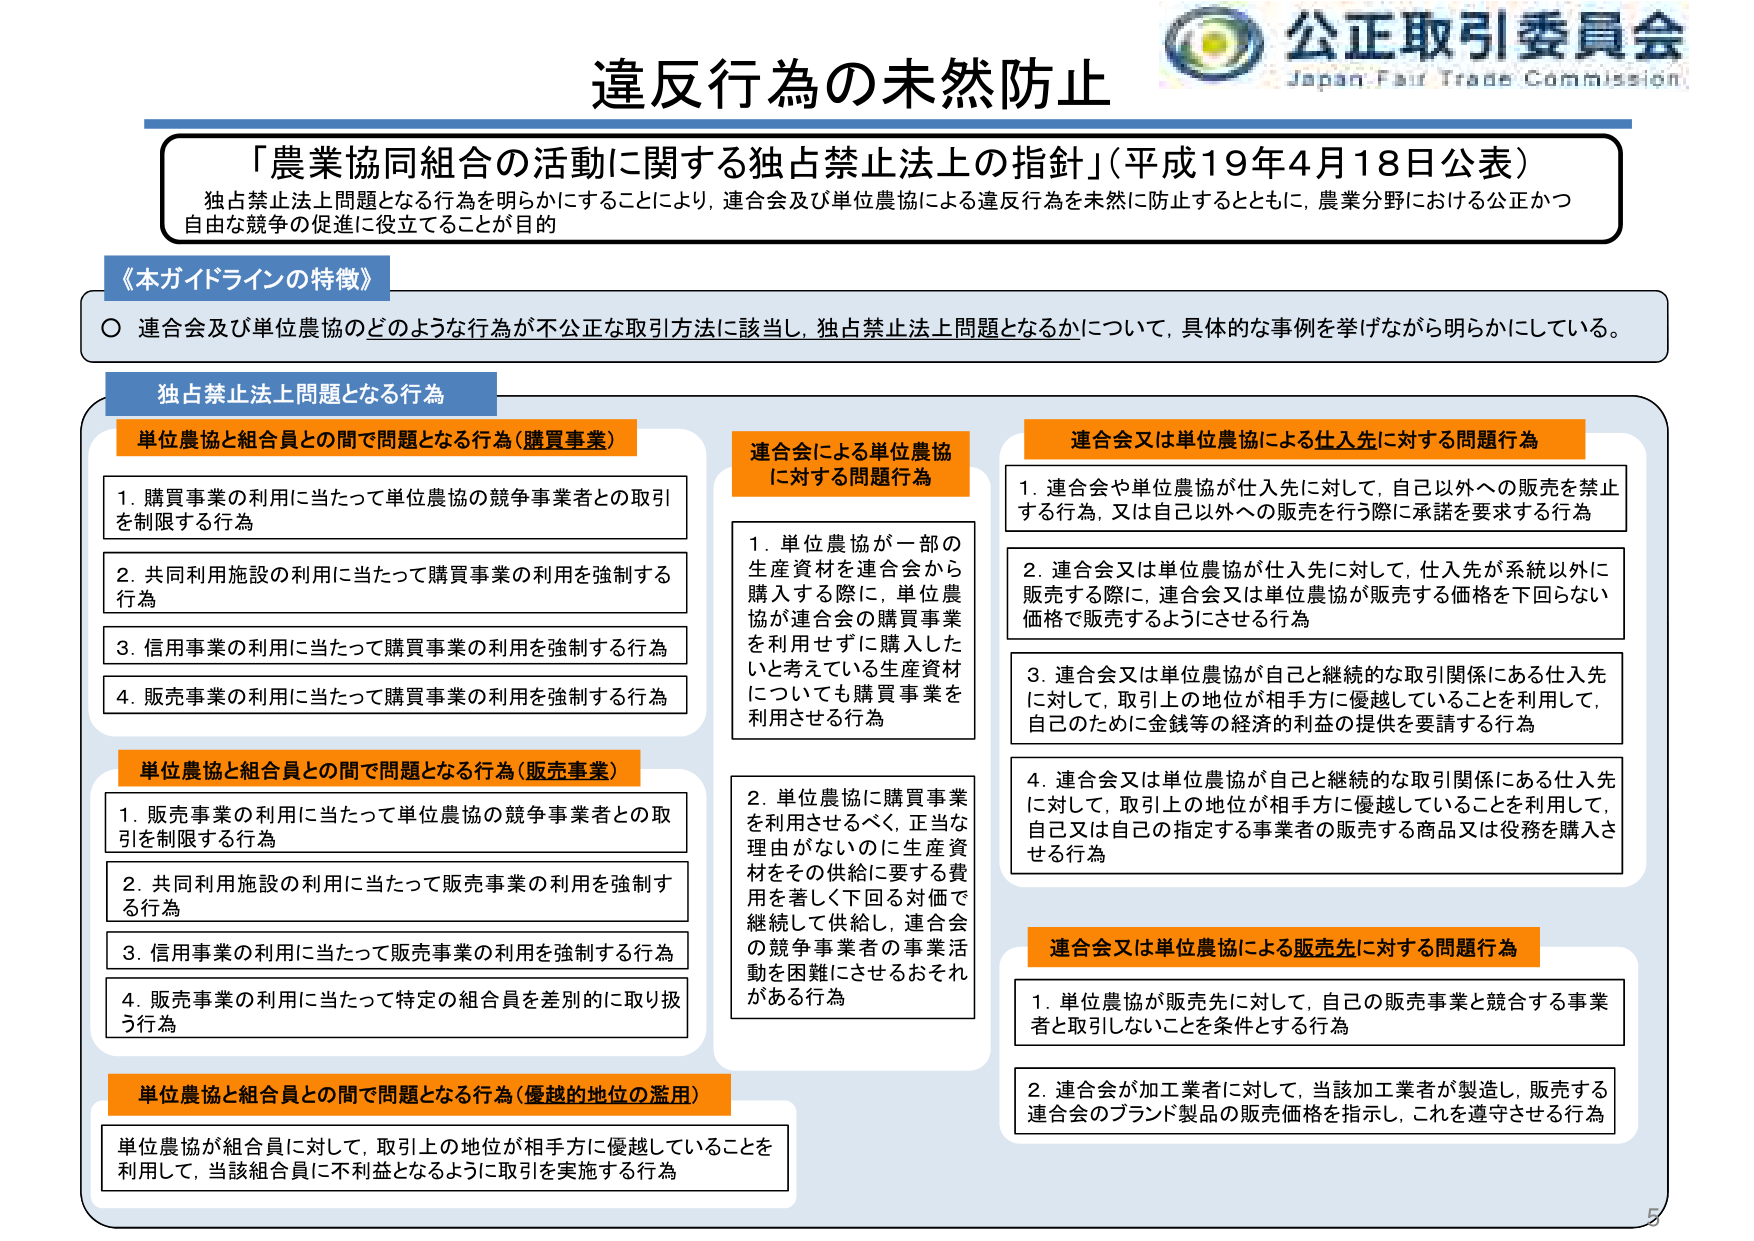
公正取引委員会
Japan Fair Trade Commission

違反行為の未然防止

「農業協同組合の活動に関する独占禁止法上の指針」（平成19年4月18日公表）
独占禁止法上問題となる行為を明らかにすることにより、連合会及び単位農協による違反行為を未然に防止するとともに、農業分野における公正かつ自由な競争の促進に役立てることが目的

《本ガイドラインの特徴》
○ 連合会及び単位農協のどのような行為が不公正な取引方法に該当し、独占禁止法上問題となるかについて、具体的な事例を挙げながら明らかにしている。

独占禁止法上問題となる行為

単位農協と組合員との間で問題となる行為（購買事業）
1. 購買事業の利用に当たって単位農協の競争事業者との取引を制限する行為
2. 共同利用施設の利用に当たって購買事業の利用を強制する行為
3. 信用事業の利用に当たって購買事業の利用を強制する行為
4. 販売事業の利用に当たって購買事業の利用を強制する行為

単位農協と組合員との間で問題となる行為（販売事業）
1. 販売事業の利用に当たって単位農協の競争事業者との取引を制限する行為
2. 共同利用施設の利用に当たって販売事業の利用を強制する行為
3. 信用事業の利用に当たって販売事業の利用を強制する行為
4. 販売事業の利用に当たって特定の組合員を差別的に取り扱う行為

単位農協と組合員との間で問題となる行為（優越的地位の濫用）
単位農協が組合員に対して、取引上の地位が相手方に優越していることを利用して、当該組合員に不利益となるように取引を実施する行為

連合会による単位農協に対する問題行為
1. 単位農協が一部の生産資材を連合会から購入する際に、単位農協が連合会の購買事業を利用せずに購入したと考えている生産資材についても購買事業を利用させる行為
2. 単位農協に購買事業を利用させるべく、正当な理由がないのに生産資材をその供給に要する費用を著しく下回る対価で継続して供給し、連合会の競争事業者の事業活動を困難にさせるおそれがある行為

連合会又は単位農協による仕入先に対する問題行為
1. 連合会や単位農協が仕入先に対して、自己以外への販売を禁止する行為、又は自己以外への販売を行う際に承諾を要求する行為
2. 連合会又は単位農協が仕入先に対して、仕入先が系統以外に販売する際に、連合会又は単位農協が販売する価格を下回らない価格で販売するようにさせる行為
3. 連合会又は単位農協が自己と継続的な取引関係にある仕入先に対して、取引上の地位が相手方に優越していることを利用して、自己のために金銭等の経済的利益の提供を要請する行為
4. 連合会又は単位農協が自己と継続的な取引関係にある仕入先に対して、取引上の地位が相手方に優越していることを利用して、自己又は自己の指定する事業者の販売する商品又は役務を購入させる行為

連合会又は単位農協による販売先に対する問題行為
1. 単位農協が販売先に対して、自己の販売事業と競合する事業者と取引しないことを条件とする行為
2. 連合会が加工業者に対して、当該加工業者が製造し、販売する連合会のブランド製品の販売価格を指示し、これを遵守させる行為

5